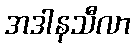
အဒါနသီလာ